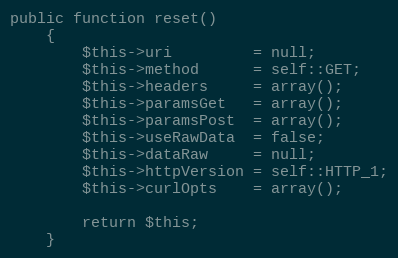
Language: PHP
public function reset()
	{
		$this->uri 		   = null;
		$this->method 	   = self::GET;
		$this->headers 	   = array();
		$this->paramsGet   = array();
		$this->paramsPost  = array();
		$this->useRawData  = false;
		$this->dataRaw 	   = null;
		$this->httpVersion = self::HTTP_1;
		$this->curlOpts    = array();

		return $this;
	}